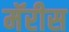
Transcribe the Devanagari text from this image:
मॅरीस